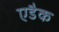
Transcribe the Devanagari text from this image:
एडैक